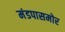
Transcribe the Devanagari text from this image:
मंडपासमोर